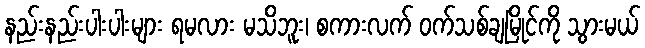
နည်းနည်းပါးပါးများ ရမလား မသိဘူး၊ စကားလက် ဝက်သစ်ချမြိုင်ကို သွားမယ်